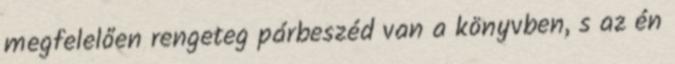
megfelelően rengeteg párbeszéd van a könyvben, s az én